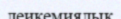
леикемиялык